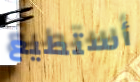
أستطيع